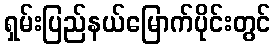
ရှမ်းပြည်နယ်မြောက်ပိုင်းတွင်